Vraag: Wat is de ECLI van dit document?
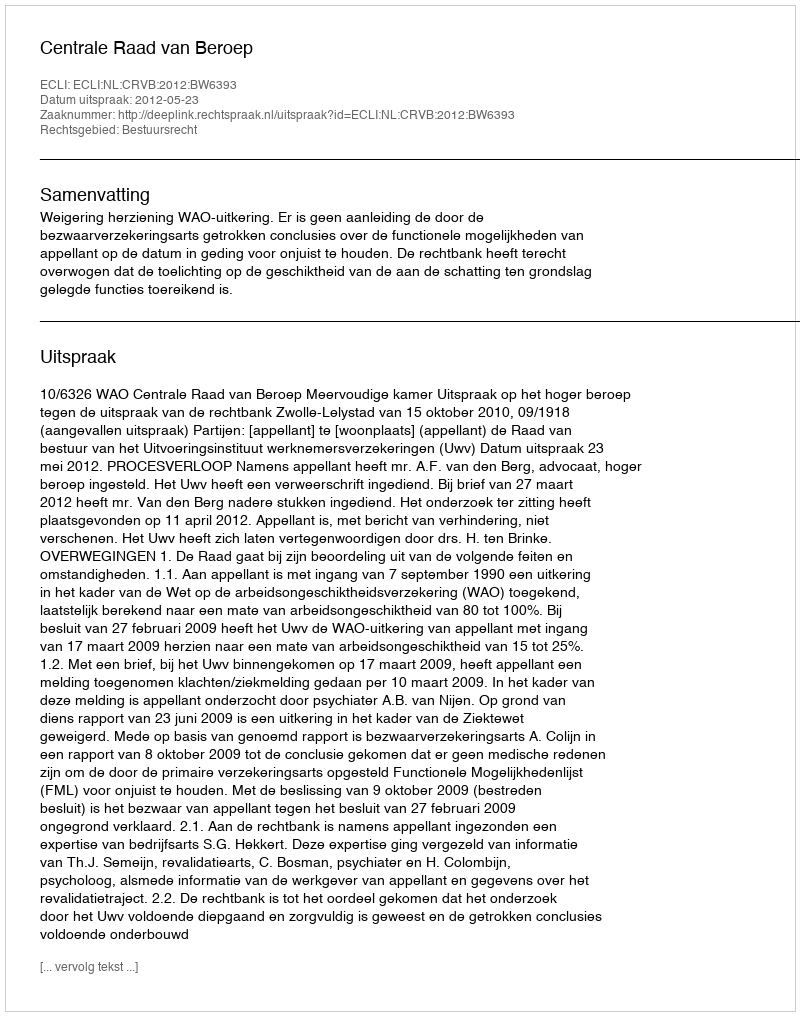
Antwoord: ECLI:NL:CRVB:2012:BW6393